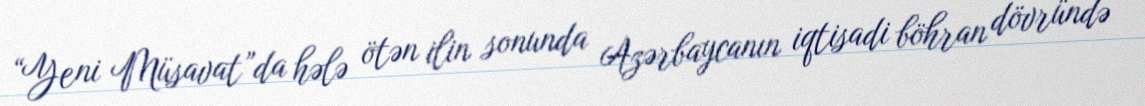
“Yeni Müsavat”da hələ ötən ilin sonunda Azərbaycanın iqtisadi böhran dövründə